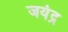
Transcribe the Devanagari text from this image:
जयंद्र